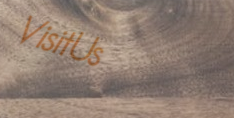
VisitUs